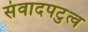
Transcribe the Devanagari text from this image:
संवादपटुत्व